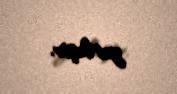
yerləşir.